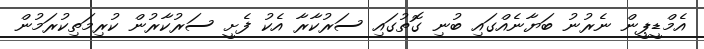
އެމްޑީޕީން ނެރުނު ބަޔާނެއްގައި ބުނި ގޮތުގައި ސަރުކާރާ އެކު ފެށީ ސަރުކާރުން ކުރިމަތިކުރަމުން